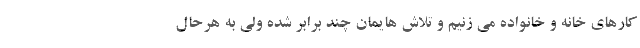
کارهای خانه و خانواده می زنیم و تلاش هایمان چند برابر شده ولی به هرحال